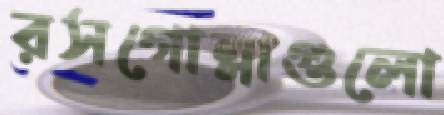
রসগোল্লাগুলো